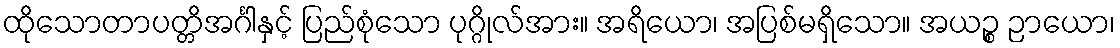
ထိုသောတာပတ္တိအင်္ဂါနှင့် ပြည်စုံသော ပုဂ္ဂိုလ်အား။ အရိယော၊ အပြစ်မရှိသော။ အယဉ္စ ဉာယော၊